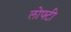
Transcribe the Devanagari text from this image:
लोफ्टी